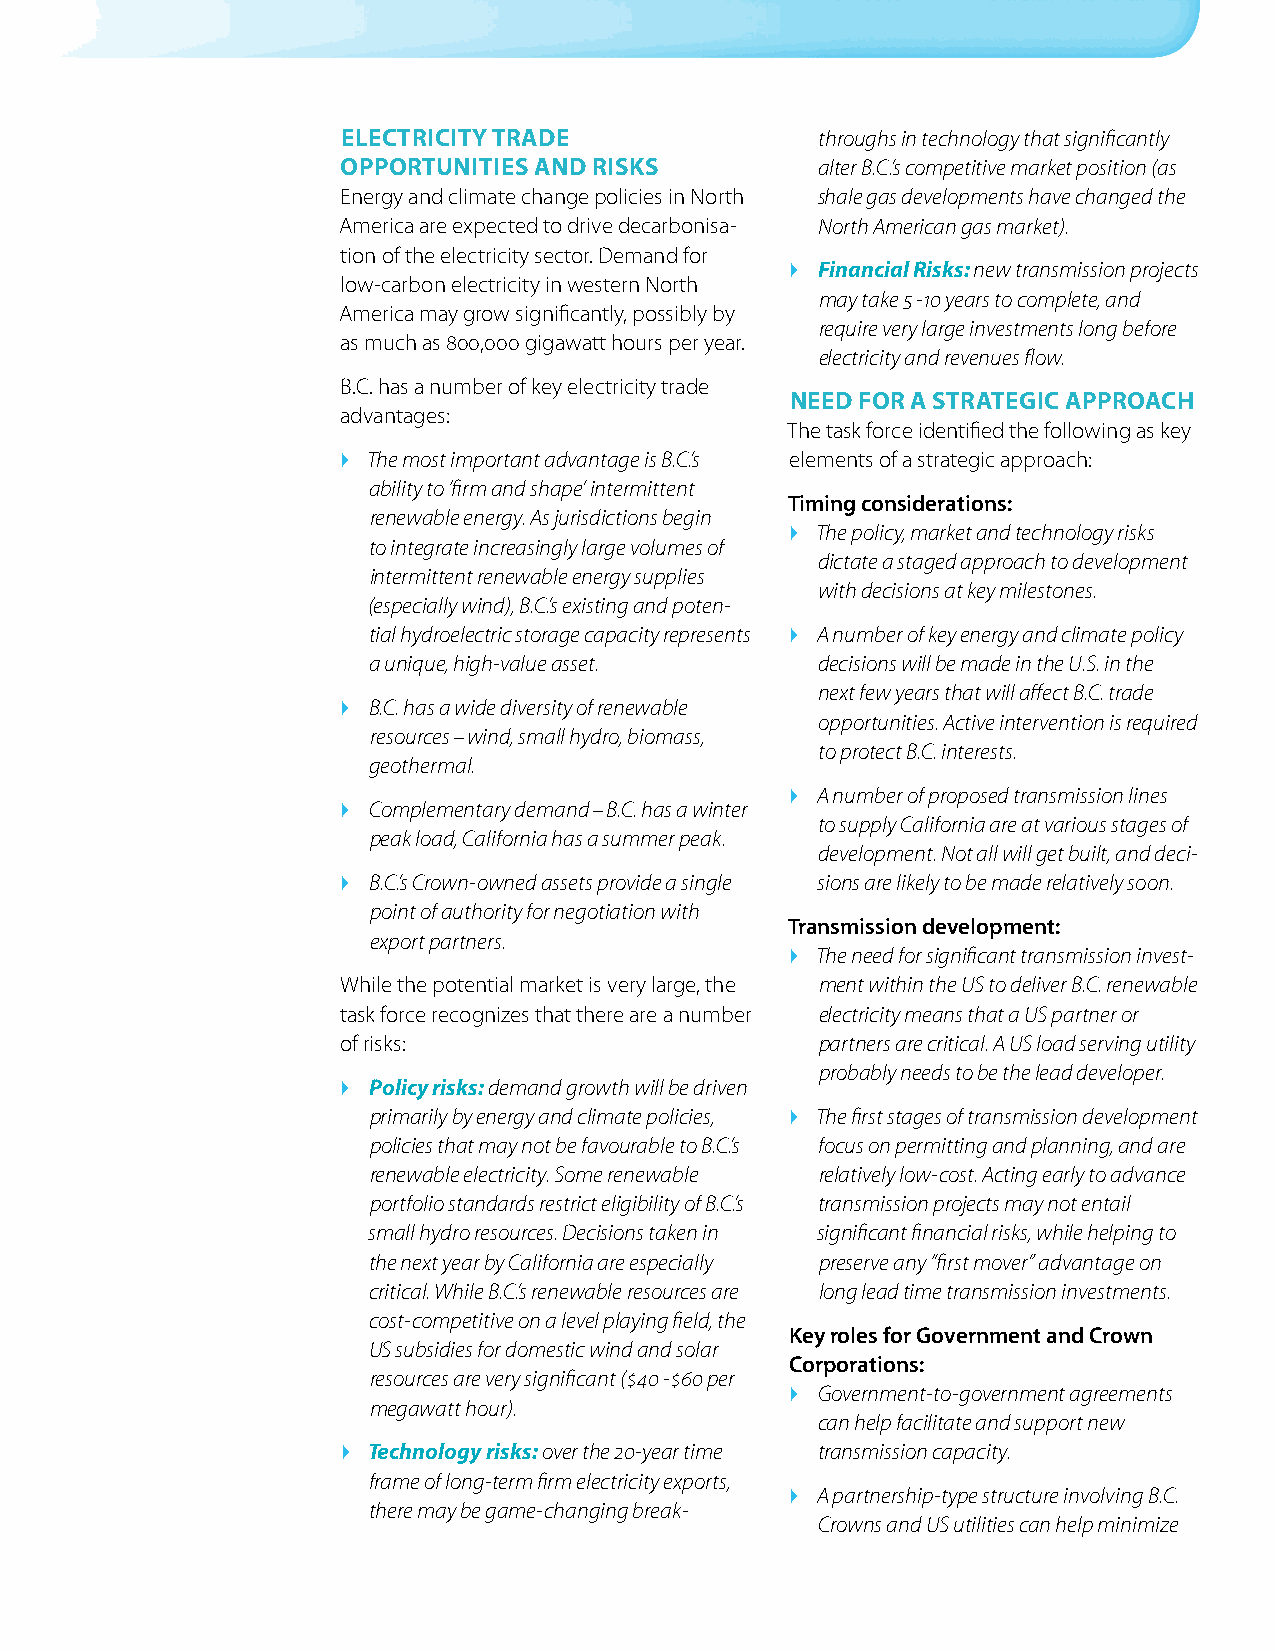
eleCtriCity trade              throughs in technology that significantly
 opportunities and risks        alter B.C.’s competitive market position (as
 Energy and climate change policies in North shale gas developments have changed the
 America are expected to drive decarbonisa- North American gas market).
 tion of the electricity sector. Demand for
  Financial Risks: new transmission projects
 low-carbon electricity in western North
 may take 5 -10 years to complete, and
 America may grow significantly, possibly by
 require very large investments long before
 as much as 800,000 gigawatt hours per year.
 electricity and revenues flow.
 B.C. has a number of key electricity trade
 need for a strategiC approaCh
 advantages:
 The task force identified the following as key
  The most important advantage is B.C.’s elements of a strategic approach:
 ability to ‘firm and shape’ intermittent
 Timing considerations:
 renewable energy. As jurisdictions begin
  The policy, market and technology risks
 to integrate increasingly large volumes of
 dictate a staged approach to development
 intermittent renewable energy supplies
 with decisions at key milestones.
 (especially wind), B.C.’s existing and poten-
 tial hydroelectric storage capacity represents  A number of key energy and climate policy
 a unique, high-value asset.   decisions will be made in the U.S. in the
 next few years that will affect B.C. trade
  B.C. has a wide diversity of renewable
 opportunities. Active intervention is required
 resources – wind, small hydro, biomass,
 to protect B.C. interests.
 geothermal.
  A number of proposed transmission lines
  Complementary demand – B.C. has a winter
 to supply California are at various stages of
 peak load, California has a summer peak.
 development. Not all will get built, and deci-
  B.C.’s Crown-owned assets provide a single sions are likely to be made relatively soon.
 point of authority for negotiation with
 Transmission development:
 export partners.
  The need for significant transmission invest-
 While the potential market is very large, the ment within the US to deliver B.C. renewable
 task force recognizes that there are a number electricity means that a US partner or
 of risks:                      partners are critical. A US load serving utility
 probably needs to be the lead developer.
  Policy risks: demand growth will be driven
 primarily by energy and climate policies,  The first stages of transmission development
 policies that may not be favourable to B.C.’s focus on permitting and planning, and are
 renewable electricity. Some renewable relatively low-cost. Acting early to advance
 portfolio standards restrict eligibility of B.C.’s transmission projects may not entail
 small hydro resources. Decisions taken in significant financial risks, while helping to
 the next year by California are especially preserve any “first mover” advantage on
 critical. While B.C.’s renewable resources are long lead time transmission investments.
 cost-competitive on a level playing field, the
 Key roles for Government and Crown
 US subsidies for domestic wind and solar
 Corporations:
 resources are very significant ($40 -$60 per
  Government-to-government agreements
 megawatt hour).
 can help facilitate and support new
  Technology risks: over the 20-year time transmission capacity.
 frame of long-term firm electricity exports,
  A partnership-type structure involving B.C.
 there may be game-changing break-
 Crowns and US utilities can help minimize